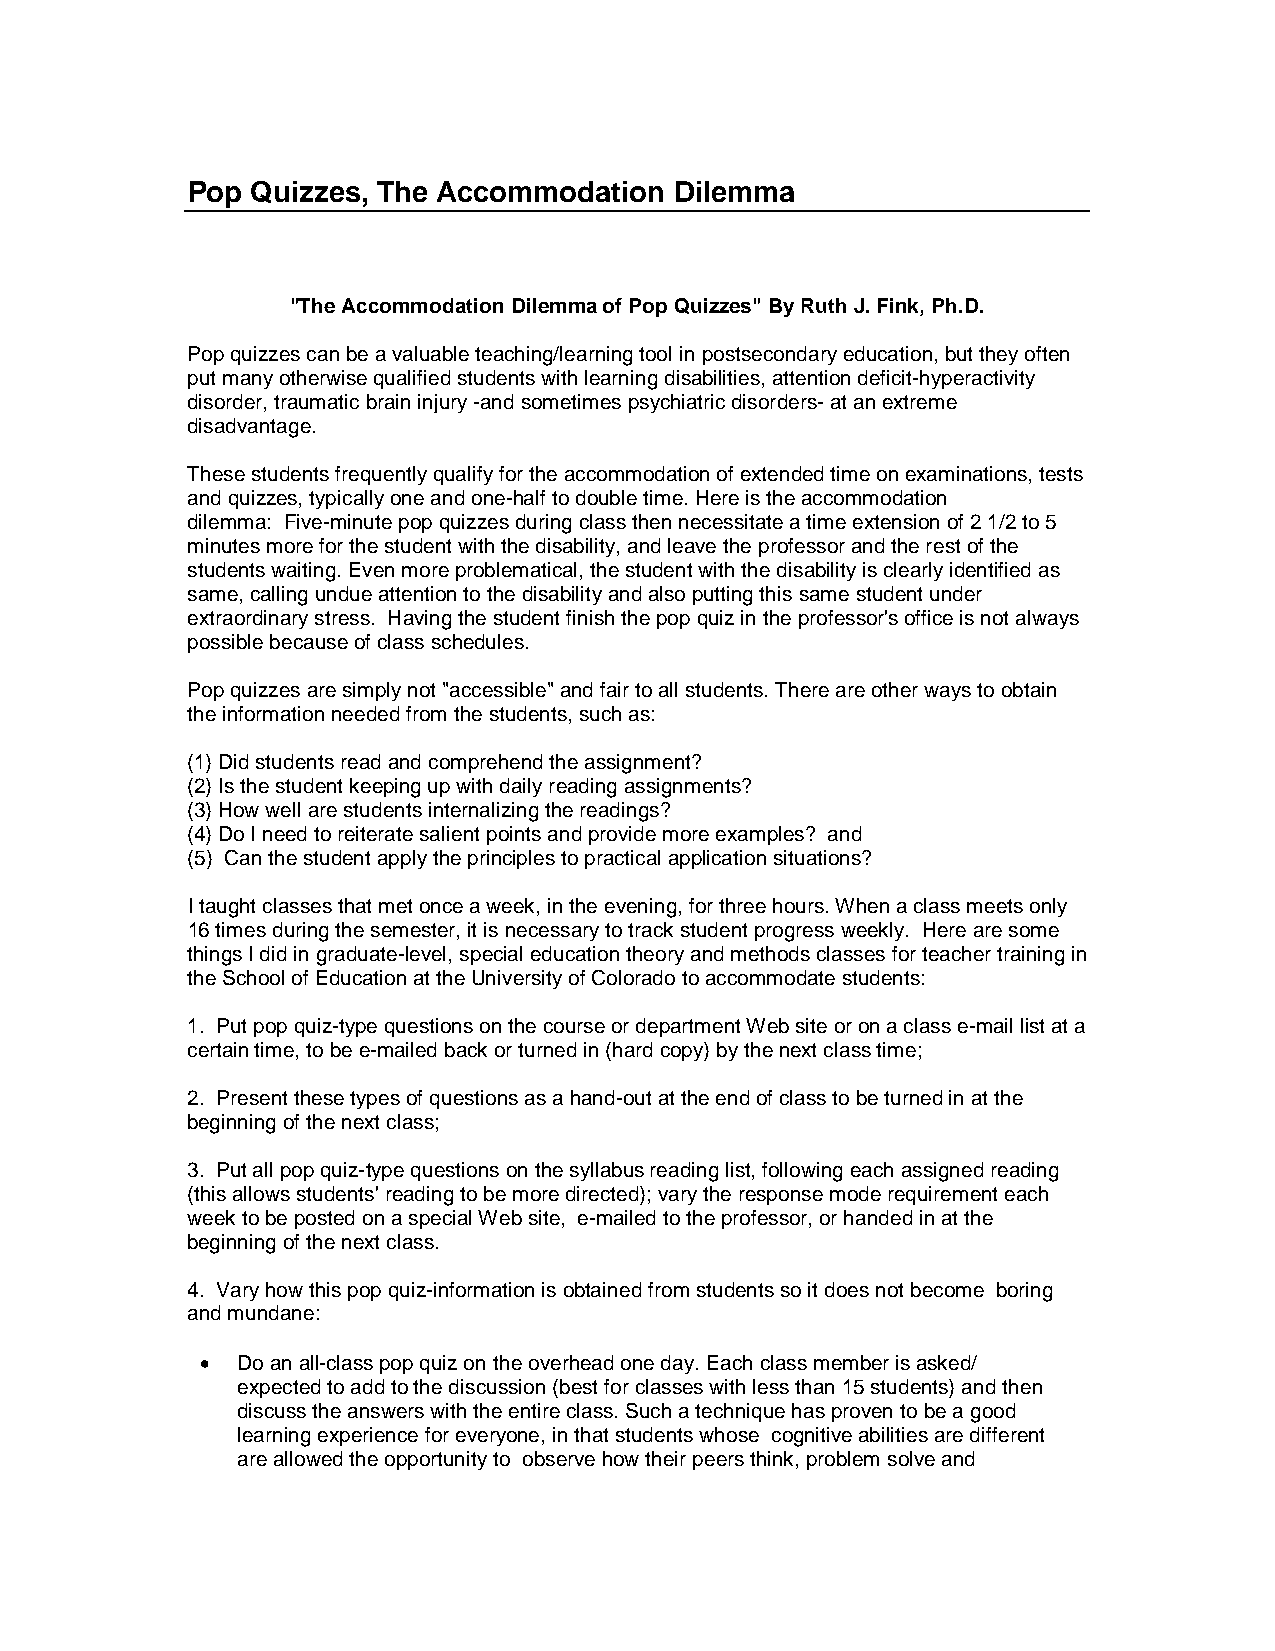
Pop  Quizzes, The Accommodation  Dilemma
 "The Accommodation Dilemma of Pop Quizzes" By Ruth J. Fink, Ph.D.
 Pop quizzes can be a valuable teaching/learning tool in postsecondary education, but they often
 put many otherwise qualified students with learning disabilities, attention deficit-hyperactivity
 disorder, traumatic brain injury -and sometimes psychiatric disorders- at an extreme
 disadvantage.
 These students frequently qualify for the accommodation of extended time on examinations, tests
 and quizzes, typically one and one-half to double time. Here is the accommodation
 dilemma: Five-minute pop quizzes during class then necessitate a time extension of 2 1/2 to 5
 minutes more for the student with the disability, and leave the professor and the rest of the
 students waiting. Even more problematical, the student with the disability is clearly identified as
 same, calling undue attention to the disability and also putting this same student under
 extraordinary stress. Having the student finish the pop quiz in the professor's office is not always
 possible because of class schedules.
 Pop quizzes are simply not "accessible" and fair to all students. There are other ways to obtain
 the information needed from the students, such as:
 (1) Did students read and comprehend the assignment?
 (2) Is the student keeping up with daily reading assignments?
 (3) How well are students internalizing the readings?
 (4) Do I need to reiterate salient points and provide more examples? and
 (5) Can the student apply the principles to practical application situations?
 I taught classes that met once a week, in the evening, for three hours. When a class meets only
 16 times during the semester, it is necessary to track student progress weekly. Here are some
 things I did in graduate-level, special education theory and methods classes for teacher training in
 the School of Education at the University of Colorado to accommodate students:
 1. Put pop quiz-type questions on the course or department Web site or on a class e-mail list at a
 certain time, to be e-mailed back or turned in (hard copy) by the next class time;
 2. Present these types of questions as a hand-out at the end of class to be turned in at the
 beginning of the next class;
 3. Put all pop quiz-type questions on the syllabus reading list, following each assigned reading
 (this allows students' reading to be more directed); vary the response mode requirement each
 week to be posted on a special Web site, e-mailed to the professor, or handed in at the
 beginning of the next class.
 4. Vary how this pop quiz-information is obtained from students so it does not become boring
 and mundane:
 •  Do an all-class pop quiz on the overhead one day. Each class member is asked/
 expected to add to the discussion (best for classes with less than 15 students) and then
 discuss the answers with the entire class. Such a technique has proven to be a good
 learning experience for everyone, in that students whose cognitive abilities are different
 are allowed the opportunity to observe how their peers think, problem solve and